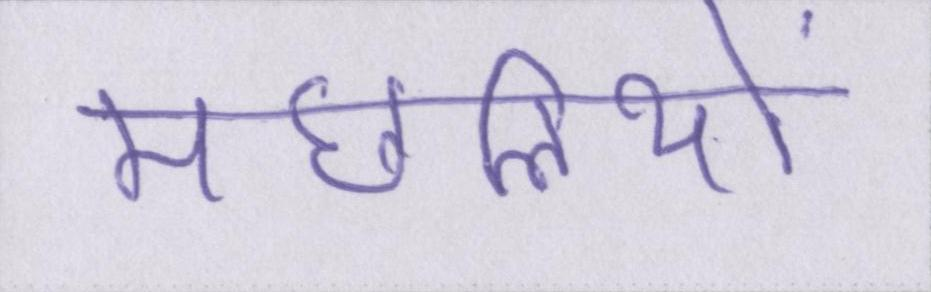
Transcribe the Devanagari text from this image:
मछलियों